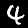
Label: 4